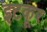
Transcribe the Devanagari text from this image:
इटकूर